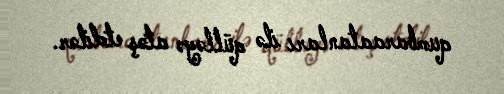
qumbaraatanları ilə qülləyə atəş etdilər.